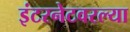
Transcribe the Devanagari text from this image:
इंटरनेटवरल्या